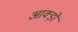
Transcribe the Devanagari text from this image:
आक्ड़ों